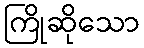
ကြိုဆိုသော